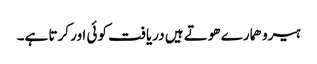
ہیرو ھمارے ھوتے ہیں دریافت کوئی اور کرتا ہے۔